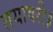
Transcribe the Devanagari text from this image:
तयावरी॥